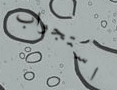
استجواب